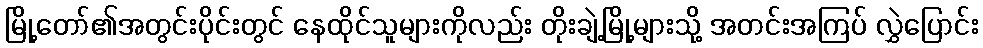
မြို့တော်၏အတွင်းပိုင်းတွင် နေထိုင်သူများကိုလည်း တိုးချဲ့မြို့များသို့ အတင်းအကြပ် လွှဲပြောင်း